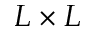
L \times L